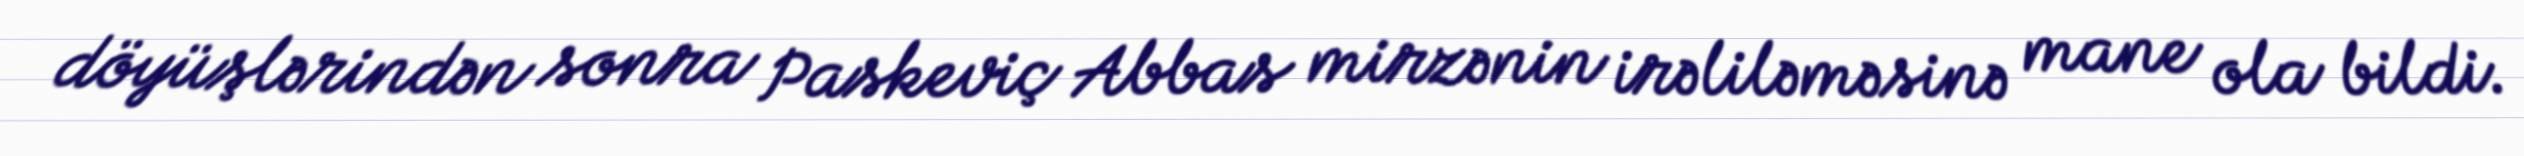
döyüşlərindən sonra Paskeviç Abbas mirzənin irəliləməsinə mane ola bildi.